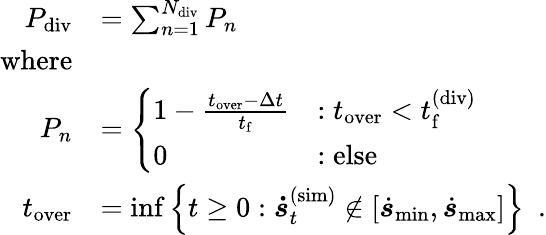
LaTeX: \begin{array}{rl}{P_{\mathrm{div}}}&{=\sum_{n=1}^{N_{\mathrm{div}}}P_{n}}\\ {\mathrm{where}}\\ {P_{n}}&{=\left\{ \begin{array}{ll}{1-\frac{t_{\mathrm{over}}-\Delta t}{t_{\mathrm{f}}}}&{:t_{\mathrm{over}}<t_{\mathrm{f}}^{\mathrm{(div)}}}\\ {0}&{:\mathrm{else}}\end{array}\right.}\\ {t_{\mathrm{over}}}&{=\operatorname*{inf}\left\{ t\geq 0:\boldsymbol{\dot{s}}_{t}^{(\mathrm{sim})}\not\in\left[\dot{\boldsymbol{s}}_{\mathrm{min}},\dot{\boldsymbol{s}}_{\mathrm{max}}\right]\right\} \enspace.}\end{array}